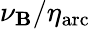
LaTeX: \nu_{\mathbf{B}}/\eta_{\mathrm{{arc}}}